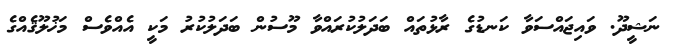
ނަޝީދޫ. ވައިޖައްސަވާ ކަނޑުގެ ރާޅުތައް ބަދަލުކުރައްވާ މޫސުން ބަދަލުކުުރު މަކީ އެއްވެސް މަޚުލޫޤެއްްގެ